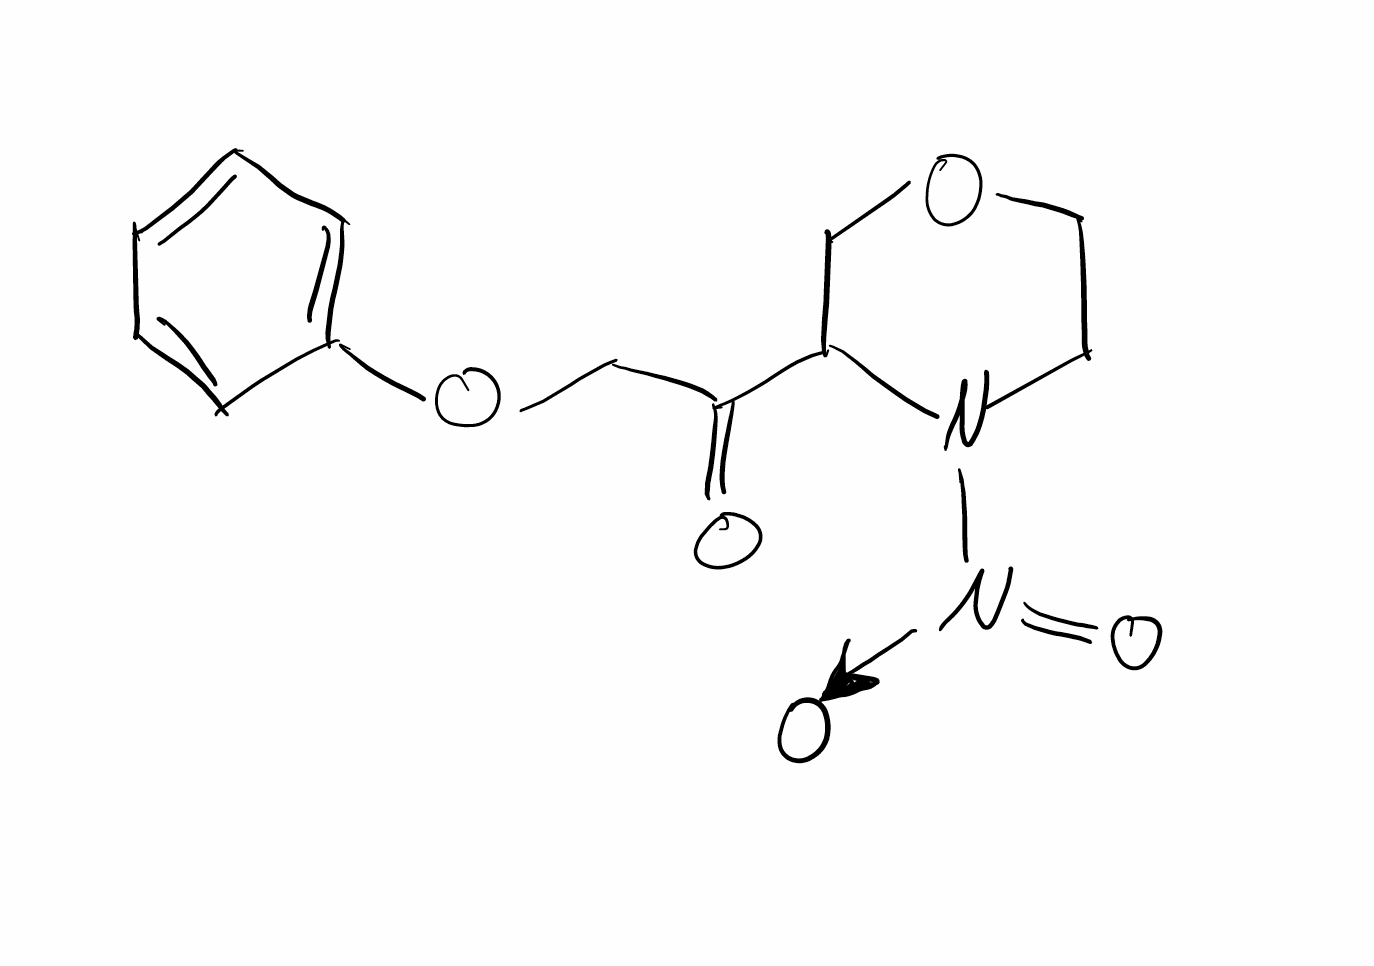
Simplified molecular-input line-entry system (SMILES) notation of the given molecule:
C1COCC(N1[N+](=O)[O-])C(=O)COC2=CC=CC=C2